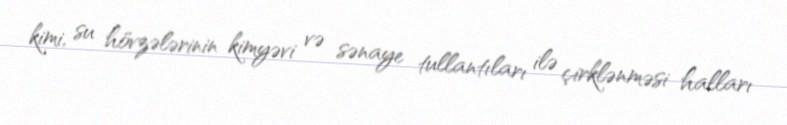
kimi, su hövzələrinin kimyəvi və sənaye tullantıları ilə çirklənməsi halları